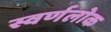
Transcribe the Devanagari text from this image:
स्वर्णलोक